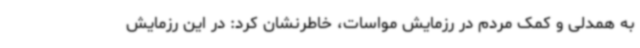
به همدلی و کمک مردم در رزمایش مواسات، خاطرنشان کرد: در این رزمایش